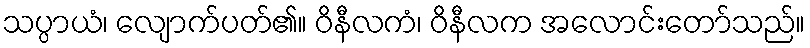
သပ္ပာယံ၊ လျောက်ပတ်၏။ ဝိနီလကံ၊ ဝိနီလက အလောင်းတော်သည်။